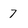
Character: 7